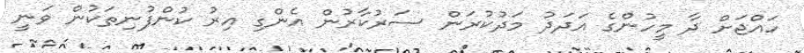
ހައްޖަށް ދާ މީހުންގެ އަދަދު މަދުކުރަން ސަރުކާރުން އެންގި އިރު ކުންފުނިތަކުން ވަނީ